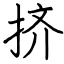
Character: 挤